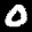
Label: 0